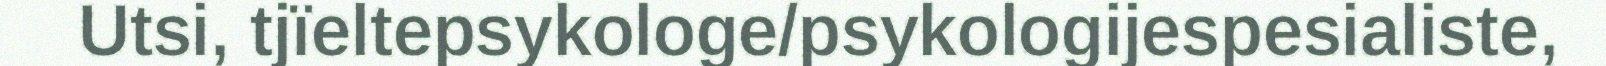
Utsi, tjïeltepsykologe/psykologijespesialiste,